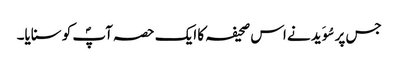
جس پر سُوَید نے اس صحیفہ کا ایک حصہ آپؐ کو سنایا۔